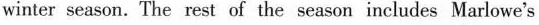
winter season. The rest of the season includes Marlowe's